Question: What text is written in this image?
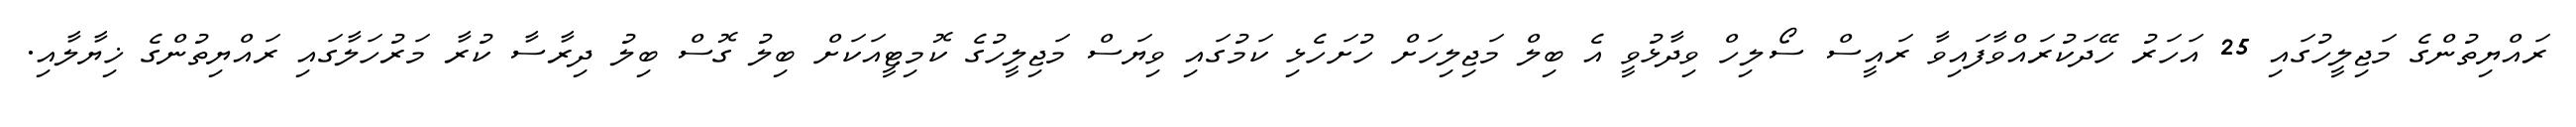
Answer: ރައްޔިތުންގެ މަޖިލީހުގައި 25 އަހަރު ހޭދަކުރައްވާފައިވާ ރައީސް ސޯލިހް ވިދާޅުވީ އެ ބިލް މަޖިލިހަށް ހުށަހެޅި ކަމުގައި ވިޔަސް މަޖިލީހުގެ ކޮމިޓީއަކަށް ބިލު ގޮސް ބިލު ދިރާސާ ކުރާ މަރުހަލާގައި ރައްޔިތުންގެ ޚިޔާލާއި.